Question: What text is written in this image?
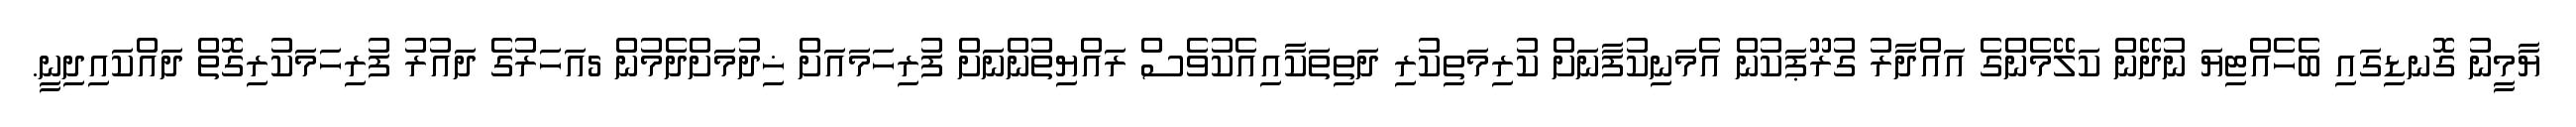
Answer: ޔާމީނު ގޮނޑިގައި ބެހެއްޓިޔަ ނުދޭން ކަލޭމެންގެ އައްދާރު ގުރޫޕަކުން އެމަނިކުފާނަށް ކުރިމަތިކުރި ދަތިތަކާއިއެކުވެސް ރައްޔިތުންނަށް ފުރިހަމައަށް ޚިދުމަށްދެމުން 5އަހަރުގެ ދައުރު ފުރިހަމަކުރިގޮތް ދައްކައިދިނީ.